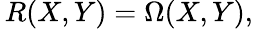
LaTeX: \, R(X,Y)=\Omega(X,Y),